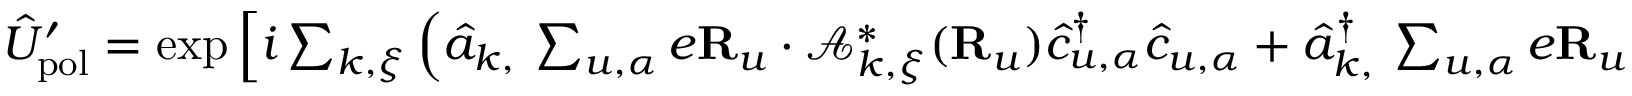
\begin{array} { r } { \hat { U } _ { \mathrm { p o l } } ^ { \prime } = \exp \Big [ i \sum _ { { \boldsymbol k } , { \boldsymbol \xi } } \Big ( \hat { a } _ { { \boldsymbol k } , { \bf \xi } } \sum _ { u , \alpha } e { \bf R } _ { u } \cdot \mathcal { A } _ { { \boldsymbol k } , { \boldsymbol \xi } } ^ { * } ( { \bf R } _ { u } ) \hat { c } _ { u , \alpha } ^ { \dagger } \hat { c } _ { u , \alpha } + \hat { a } _ { { \boldsymbol k } , { \bf \xi } } ^ { \dagger } \sum _ { u , \alpha } e { \bf R } _ { u } \cdot \mathcal { A } _ { { \boldsymbol k } , { \boldsymbol \xi } } ( { \bf R } _ { u } ) \hat { c } _ { u , \alpha } ^ { \dagger } \hat { c } _ { u , \alpha } \Big ) \Big ] ~ ~ ~ ~ . } \end{array}